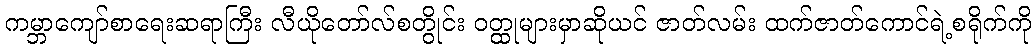
ကမ္ဘာကျော်စာရေးဆရာကြီး လီယိုတော်လ်စတွိုင်း ဝတ္ထုများမှာဆိုယင် ဇာတ်လမ်း ထက်ဇာတ်ကောင်ရဲ့စရိုက်ကို